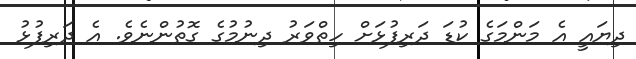
ދިޔައީ އެ މަންމަގެ ކުޑަ ދަރިފުޅަށް ހިތްވަރު ދިނުމުގެ ގޮތުންނެވެ. އެ ދަރިފުޅު